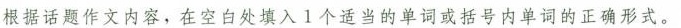
根据话题作文内容,在空白处填入 1个适当的单词或括号内单词的正确形式。